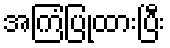
အကြံပြုထားပြီး